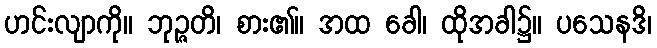
ဟင်းလျာကို။ ဘုဉ္ဇတိ၊ စား၏။ အထ ခေါ၊ ထိုအခါ၌။ ပသေနဒိ၊